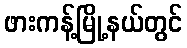
ဖားကန့်မြို့နယ်တွင်